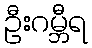
ဦးဂမ္ဘီရ